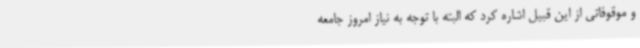
و موقوفاتی از این قبیل اشاره کرد که البته با توجه به نیاز امروز جامعه